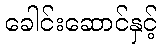
ခေါင်းဆောင်နှင့်